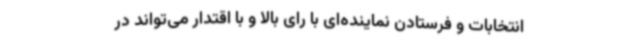
انتخابات و فرستادن نماینده‌ای با رای بالا و با اقتدار می‌تواند در